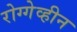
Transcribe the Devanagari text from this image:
रोग्गेव्हीन